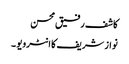
کاشف رفیق محسن
نواز شریف کا انٹرویو ۔